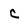
Character: c